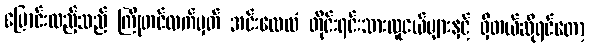
ပြောင်းထည့်သည် ကြိုတင်လက်မှတ် အင်းလေလံ တိုင်းရင်းသားလူငယ်များနှင့် ရှိတယ်ဆိုရင်တော့